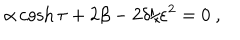
\alpha \cosh \tau + 2 \beta - 2 \delta / \varepsilon ^ { 2 } = 0 \ ,